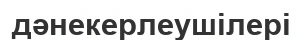
дәнекерлеушілері